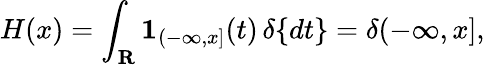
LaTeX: H(x)=\int_{\mathbf{R}}\mathbf{1}_{(-\infty,x]}(t)\, \delta\{ dt\} =\delta(-\infty,x],